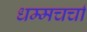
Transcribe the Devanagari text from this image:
धम्मचर्चा